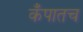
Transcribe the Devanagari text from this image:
कँपातच